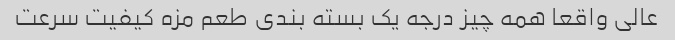
عالى واقعا همه چیز درجه یک بسته بندى طعم مزه کیفیت سرعت